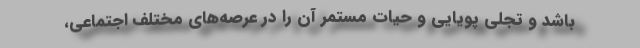
باشد و تجلی پویایی و حیات مستمر آن را در عرصه‌های مختلف اجتماعی،